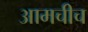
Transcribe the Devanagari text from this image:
आमचीच